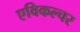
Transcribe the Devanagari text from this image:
एविकल्चर